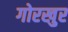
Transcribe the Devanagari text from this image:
गोरखुर